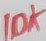
Text: 10K